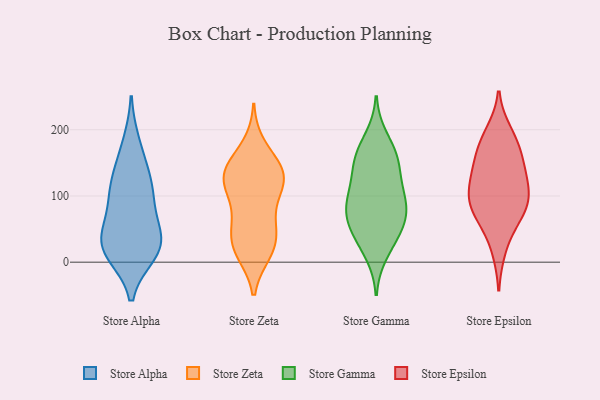
{"axis": {"x": "Gross Profit (USD K)", "y": "Value"}, "legend": ["Store Alpha", "Store Epsilon", "Store Gamma", "Store Zeta"], "data": [{"x": "", "y": 118, "type": "Store Alpha"}, {"x": "", "y": 144, "type": "Store Alpha"}, {"x": "", "y": 16, "type": "Store Alpha"}, {"x": "", "y": 24, "type": "Store Alpha"}, {"x": "", "y": 73, "type": "Store Alpha"}, {"x": "", "y": 107, "type": "Store Alpha"}, {"x": "", "y": 30, "type": "Store Alpha"}, {"x": "", "y": 14, "type": "Store Alpha"}, {"x": "", "y": 31, "type": "Store Alpha"}, {"x": "", "y": 179, "type": "Store Alpha"}, {"x": "", "y": 39, "type": "Store Alpha"}, {"x": "", "y": 100, "type": "Store Alpha"}, {"x": "", "y": 126, "type": "Store Zeta"}, {"x": "", "y": 64, "type": "Store Zeta"}, {"x": "", "y": 19, "type": "Store Zeta"}, {"x": "", "y": 19, "type": "Store Zeta"}, {"x": "", "y": 135, "type": "Store Zeta"}, {"x": "", "y": 109, "type": "Store Zeta"}, {"x": "", "y": 175, "type": "Store Zeta"}, {"x": "", "y": 145, "type": "Store Zeta"}, {"x": "", "y": 135, "type": "Store Zeta"}, {"x": "", "y": 118, "type": "Store Zeta"}, {"x": "", "y": 67, "type": "Store Zeta"}, {"x": "", "y": 46, "type": "Store Zeta"}, {"x": "", "y": 112, "type": "Store Zeta"}, {"x": "", "y": 34, "type": "Store Zeta"}, {"x": "", "y": 15, "type": "Store Zeta"}, {"x": "", "y": 142, "type": "Store Zeta"}, {"x": "", "y": 85, "type": "Store Gamma"}, {"x": "", "y": 45, "type": "Store Gamma"}, {"x": "", "y": 55, "type": "Store Gamma"}, {"x": "", "y": 145, "type": "Store Gamma"}, {"x": "", "y": 106, "type": "Store Gamma"}, {"x": "", "y": 73, "type": "Store Gamma"}, {"x": "", "y": 98, "type": "Store Gamma"}, {"x": "", "y": 13, "type": "Store Gamma"}, {"x": "", "y": 156, "type": "Store Gamma"}, {"x": "", "y": 155, "type": "Store Gamma"}, {"x": "", "y": 117, "type": "Store Gamma"}, {"x": "", "y": 64, "type": "Store Gamma"}, {"x": "", "y": 83, "type": "Store Gamma"}, {"x": "", "y": 33, "type": "Store Gamma"}, {"x": "", "y": 188, "type": "Store Gamma"}, {"x": "", "y": 163, "type": "Store Gamma"}, {"x": "", "y": 75, "type": "Store Epsilon"}, {"x": "", "y": 139, "type": "Store Epsilon"}, {"x": "", "y": 20, "type": "Store Epsilon"}, {"x": "", "y": 179, "type": "Store Epsilon"}, {"x": "", "y": 179, "type": "Store Epsilon"}, {"x": "", "y": 147, "type": "Store Epsilon"}, {"x": "", "y": 195, "type": "Store Epsilon"}, {"x": "", "y": 62, "type": "Store Epsilon"}, {"x": "", "y": 110, "type": "Store Epsilon"}, {"x": "", "y": 88, "type": "Store Epsilon"}, {"x": "", "y": 104, "type": "Store Epsilon"}, {"x": "", "y": 143, "type": "Store Epsilon"}, {"x": "", "y": 105, "type": "Store Epsilon"}, {"x": "", "y": 79, "type": "Store Epsilon"}]}